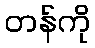
တန်ကို